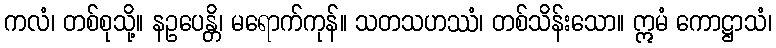
ကလံ၊ တစ်စုသို့။ နဥပေန္တိ၊ မရောက်ကုန်။ သတသဟဿံ၊ တစ်သိန်းသော။ ဣမံ ကောဋ္ဌာသံ၊